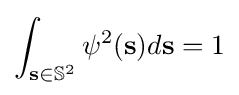
\int _{{\bf {s}}\in {\mathbb {S} }^{2}}\psi ^{2}({\bf {s}})d{\bf {s}}=1